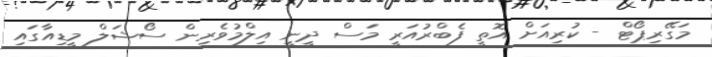
މަގޭރިޕޯޓް - ކުރިއަށް އޮތީ ފެބްރުއަރީ މަސް ދީނީ އިލްމުވެރިން ސޯޝަލް މީޑިއާގައި